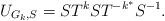
LaTeX: \begin{align*}U_{G_k,S}=ST^k ST^{-k^*}S^{-1}.\end{align*}